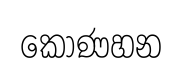
කොණහන